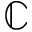
\mathbb { C }